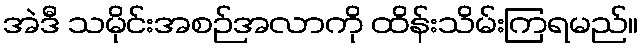
အဲဒီ သမိုင်းအစဉ်အလာကို ထိန်းသိမ်းကြရမည်။